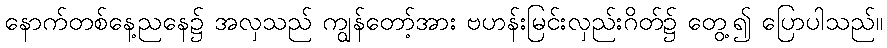
နောက်တစ်နေ့ညနေ၌ အလှသည် ကျွန်တော့်အား ဗဟန်းမြင်းလှည်းဂိတ်၌ တွေ့၍ ပြောပါသည်။